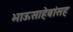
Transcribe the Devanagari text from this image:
भाऊसाहेबांसह